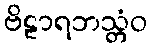
ဗိဠာရဘသ္တံဝ